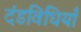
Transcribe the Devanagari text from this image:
दंडविधियाँ